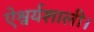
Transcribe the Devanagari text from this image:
ऐश्वर्यशाली।